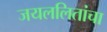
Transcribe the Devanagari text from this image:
जयललितांचा